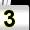
Digit: 3